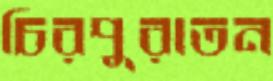
চিরপুরাতন